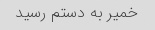
خمیر به دستم رسید